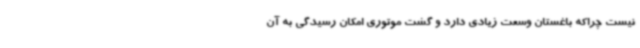
نیست چراکه باغستان وسعت زیادی دارد و گشت موتوری امکان رسیدگی به آن